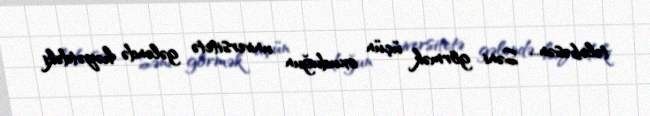
tələbəsən... Səni görmək üçün oxuduğun universitetə gələndə həyətdəki